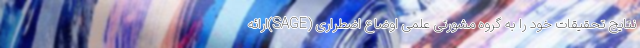
نتایج تحقیقات خود را به گروه مشورتی علمی اوضاع اضطراری (SAGE)ارائه